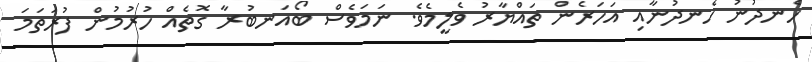
ހެނދުނު ހެނދުނާއި އަހަރެން ތައްޔާރު ވެލީމެވެ. ނަމަވެސް ބޯއަނބުރާ ގޮތެއް ހުރުމުން ފުރަތަމަ